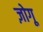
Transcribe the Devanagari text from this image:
ज़ोगू